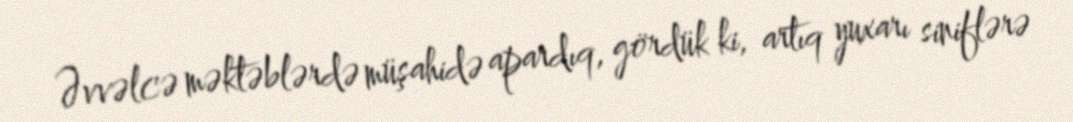
Əvvəlcə məktəblərdə müşahidə apardıq, gördük ki, artıq yuxarı siniflərə